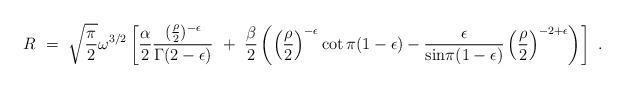
LaTeX: \begin{align*}R~=~{\sqrt{\pi \over 2}} \omega^{3/2} \left[ {\alpha \over 2} \frac {( {\rho \over 2}) ^{- \epsilon}}{\Gamma(2-\epsilon)}~+~{\beta \over 2}\left(\left({ \rho \over 2} \right)^{-\epsilon} \cot \pi (1 - \epsilon)-\frac{\epsilon}{{\mbox {sin}}\pi(1-\epsilon)}\left({\rho \over 2}\right)^{-2+\epsilon} \right) \right]~.\end{align*}